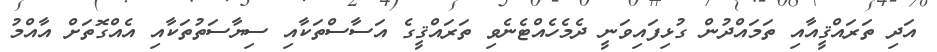
އަދި ތަރައްޤީއާއި ތަމައްދުން ގުޅިފައިވަނީ ދެމެހެއްޓެނެވި ތަރައްޤީގެ އަސާސްތަކާއި ސިޔާސަތުތަކާއި އެއްގޮތަށް އާއްމު